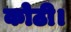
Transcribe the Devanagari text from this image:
कोठी।